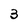
Character: 3